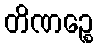
တိဏဉ္စေ